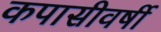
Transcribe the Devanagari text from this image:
कपासीवर्षी